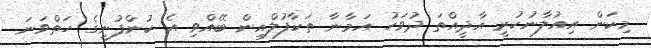
މިކަން އިއުލާނުކުރީ އާދީއްތަ ދުވަހު އަމާނާ ތަކާފުލްއިން ބޭއްވި އެ ކުންފުނީގެ ހަތްވަނަ